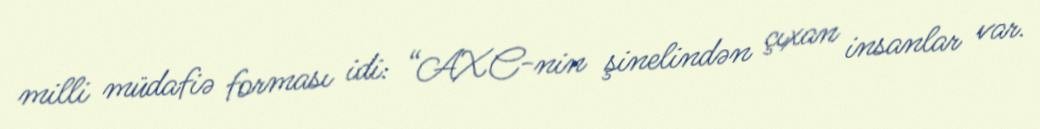
milli müdafiə forması idi: “AXC-nin şinelindən çıxan insanlar var.